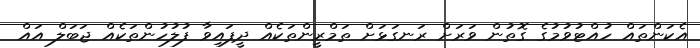
އެކަންތައް ހުއްޓުވުމުގެ ގޮތުން ވަރަށް ރަނގަޅަަށް ތަމްރީންތަކެއް ދީފައިވާ ފުލުހުންތަކެއް ޖަބަލް އައް